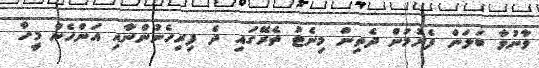
ވާނުވާ ބަލަން ފެށުމުން ދެތިން މިނެޓު ތެރޭގައި ދެ ފިރިހެނުންނާއި އަންހެން މީހާ